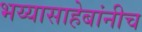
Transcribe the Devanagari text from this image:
भय्यासाहेबांनीच